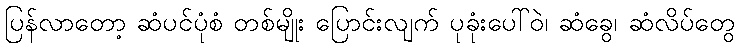
ပြန်လာတော့ ဆံပင်ပုံစံ တစ်မျိုး ပြောင်းလျက် ပုခုံးပေါ်ဝဲ၊ ဆံခွေ၊ ဆံလိပ်တွေ